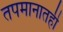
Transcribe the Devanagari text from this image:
तपमानातही